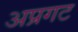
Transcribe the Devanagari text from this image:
अप्रगट